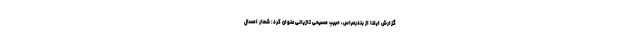
گزارش ایلنا از بندرعباس، حبیب مسیحی تازیانی عنوان کرد: شعار امسال